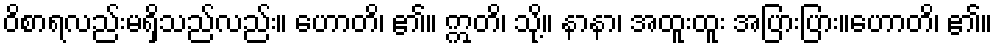
ဝိစာရလည်းမရှိသည်လည်း။ ဟောတိ၊ ၏။ ဣတိ၊ သို့။ နာနာ၊ အထူးထူး အပြားပြား။ဟောတိ၊ ၏။